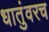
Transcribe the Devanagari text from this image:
धातुंवरच